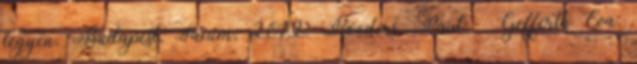
legyen. Budapest, Saxum, 2012. Roeders, Paul – Gefferth Éva: